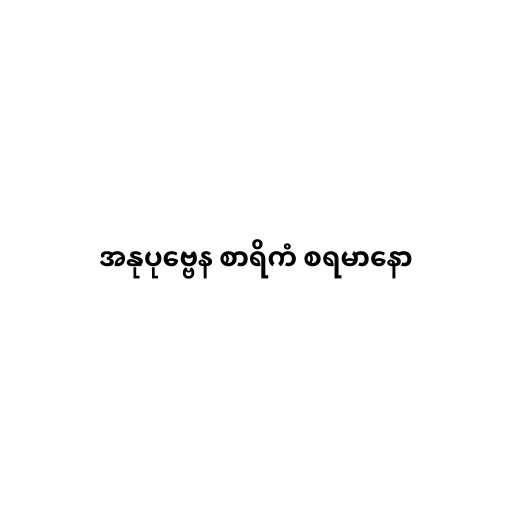
အနုပုဗ္ဗေန စာရိကံ စရမာနော